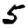
Digit: 5